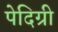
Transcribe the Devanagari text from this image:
पेदिग्री